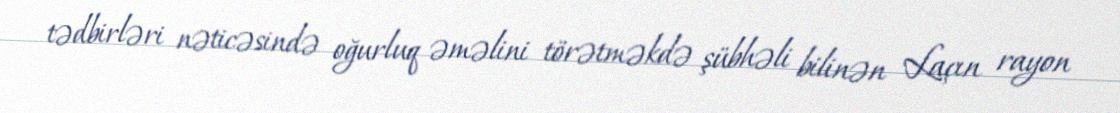
tədbirləri nəticəsində oğurluq əməlini törətməkdə şübhəli bilinən Laçın rayon